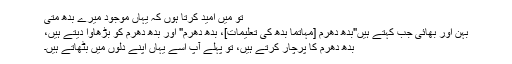
تو میں امید کرتا ہوں کہ یہاں موجود میرے بدھ متی
بہن اور بھائی جب کہتے ہیں"بدھ دھرم [مہاتما بدھ کی تعلیمات]، بدھ دھرم" اور بدھ دھرم کو بڑھاوا دیتے ہیں،
بدھ دھرم کا پرچار کرتے ہیں، تو پہلے آپ اسے یہاں اپنے دلوں میں بٹھاتے ہیں۔